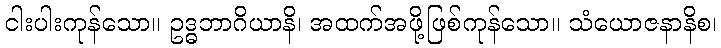
ငါးပါးကုန်သော။ ဥဒ္ဓဘာဂိယာနိ၊ အထက်အဖို့ဖြစ်ကုန်သော။ သံယောဇနာနိစ၊